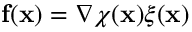
\mathbf { f } ( \mathbf { x } ) = \nabla \chi ( \mathbf { x } ) \xi ( \mathbf { x } )